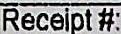
RECEIPT #: